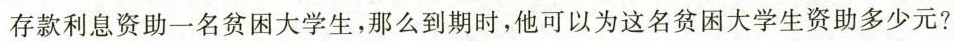
存款利息资助一名贫困大学生，那么到期时，他可以为这名贫困大学生资助多少元?